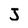
Character: J